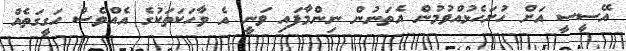
އޭސީސީ އަށް ހުށަހެޅުއްވުމުން އެތަނުން ނިންމާފައި ވަނީ އެ ވާހަކަތަކުގެ އެއްވެސް ހަގީގަތެއް